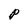
Character: P